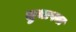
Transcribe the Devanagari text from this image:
सुभाषना